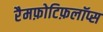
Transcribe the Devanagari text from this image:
रैमफ़ोटिफ़लॉप्स